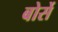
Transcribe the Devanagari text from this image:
बोर्से